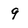
Character: 9